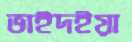
ভাইদইয়া